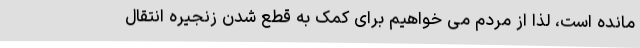
مانده است، لذا از مردم می خواهیم برای کمک به قطع شدن زنجیره انتقال